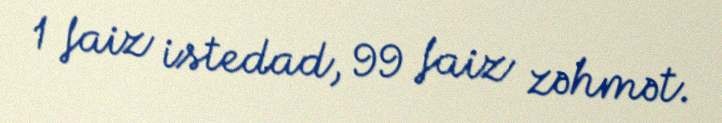
1 faiz istedad, 99 faiz zəhmət.